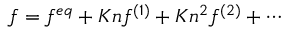
f = f ^ { e q } + K n f ^ { ( 1 ) } + K n ^ { 2 } f ^ { ( 2 ) } + \cdots